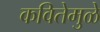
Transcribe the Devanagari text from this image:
कवितेमुळे